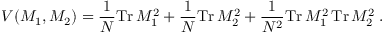
V ( M _ { 1 } , M _ { 2 } ) = \frac { 1 } { N } \mathrm { T r } \, M _ { 1 } ^ { 2 } + \frac { 1 } { N } \mathrm { T r } \, M _ { 2 } ^ { 2 } + \frac { 1 } { N ^ { 2 } } \mathrm { T r } \, M _ { 1 } ^ { 2 } \, \mathrm { T r } \, M _ { 2 } ^ { 2 } \; .